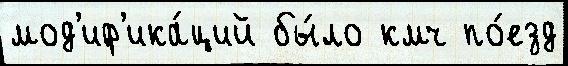
мод'иф'ика́ций бы́ло кмч по́езд